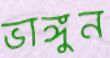
ভাঙ্গুন